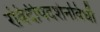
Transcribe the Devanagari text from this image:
रविदीपदर्शनविधौ